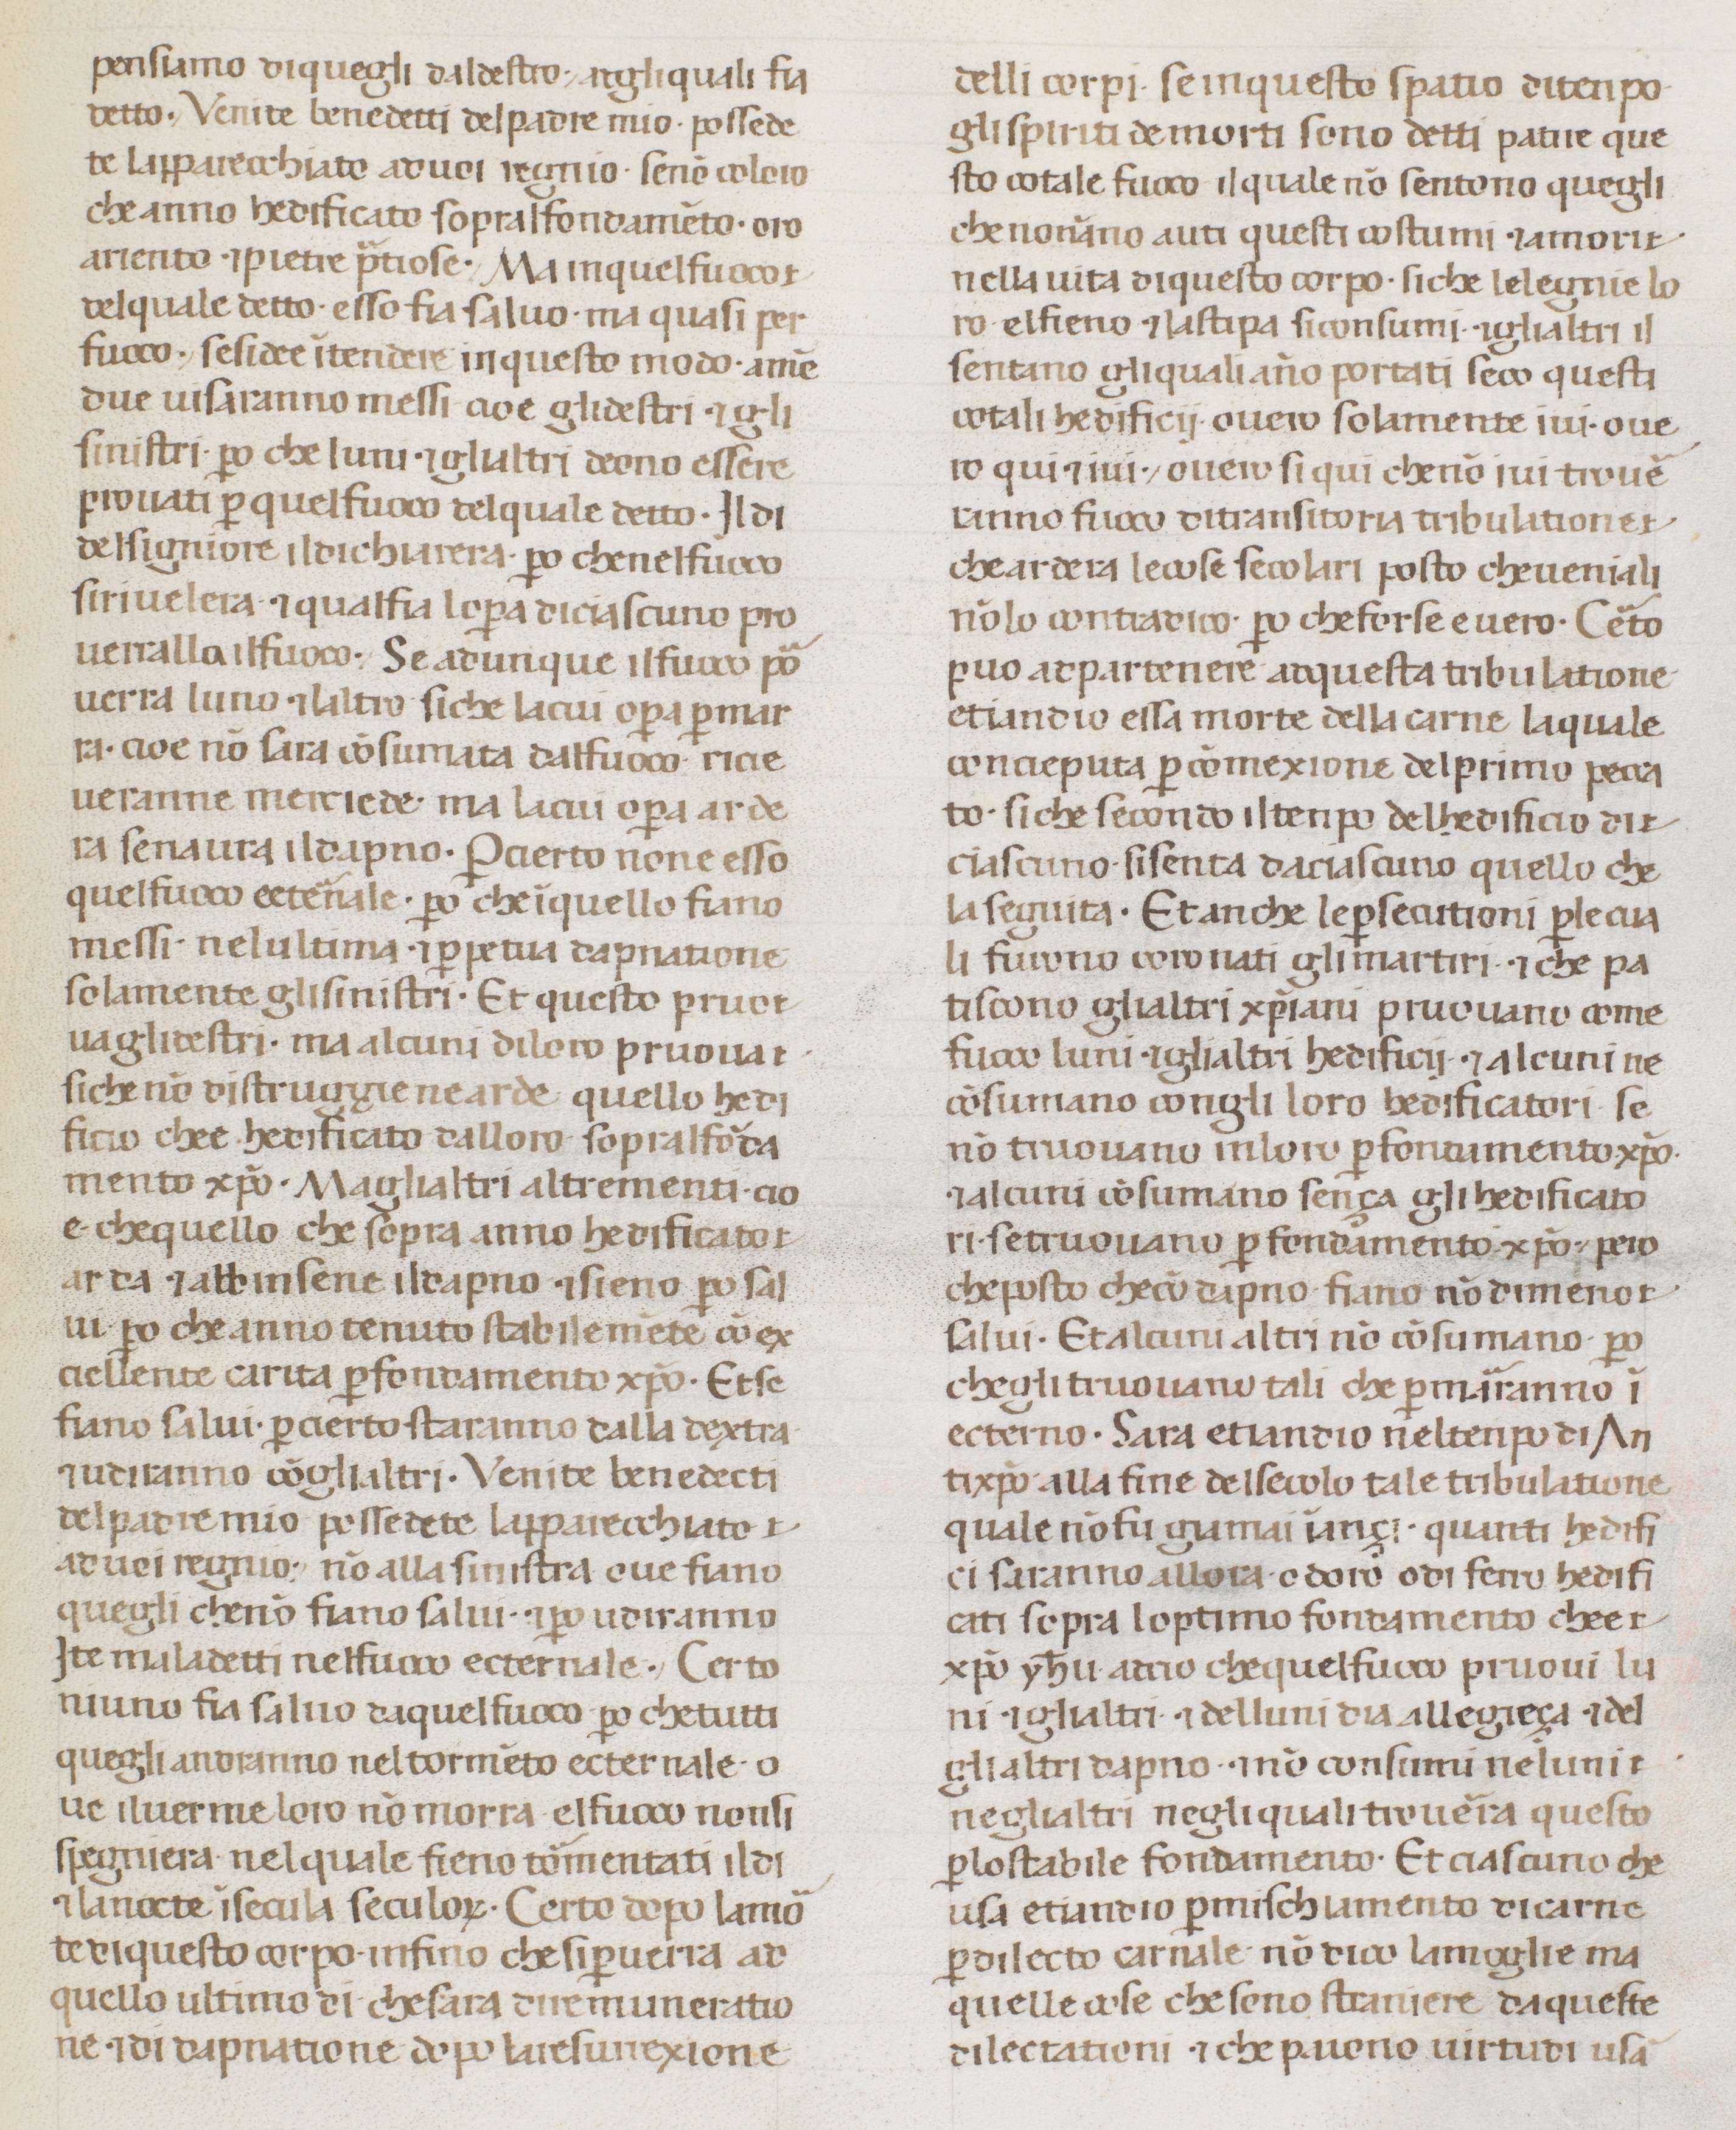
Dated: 1300–1399